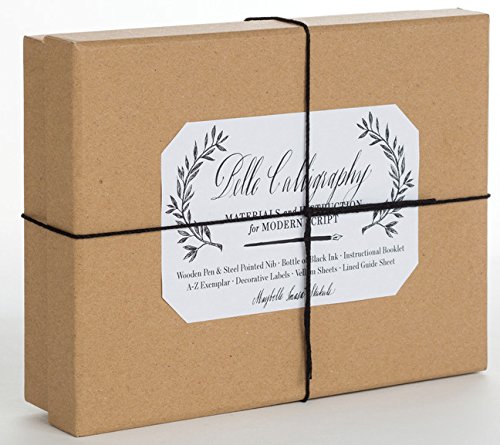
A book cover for Belle Calligraphy Kit: Materials and Instruction for Modern Script; Maybelle Imasa-Stukuls; Arts & Photography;